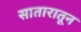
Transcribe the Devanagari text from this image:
सातारातून